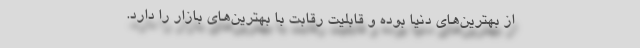
از بهترین‌های دنیا بوده و قابلیت رقابت با بهترین‌های بازار را دارد.